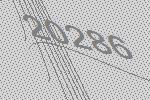
20286